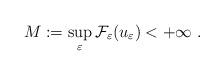
LaTeX: \begin{align*}M:=\sup_{\varepsilon}\mathcal{F}_{\varepsilon}(u_{\varepsilon})<+\infty~.\end{align*}